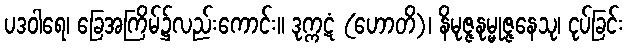
ပဒဝါရေ၊ ခြေအကြိမ်၌လည်းကောင်း။ ဒုက္ကဋံ (ဟောတိ)၊ နိမုဇ္ဇနုမ္မုဇ္ဇနေသု၊ ငုပ်ခြင်း